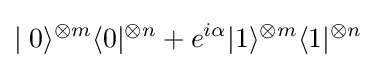
\mid 0\rangle ^{\otimes m}\langle 0\vert ^{\otimes n}+e^{i\alpha }\vert 1\rangle ^{\otimes m}\langle 1\vert ^{\otimes n}